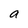
Character: a